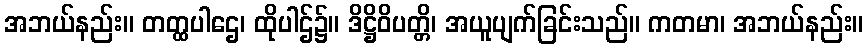
အဘယ်နည်း။ တတ္ထပါဌေ၊ ထိုပါဌ်၌။ ဒိဋ္ဌိဝိပတ္တိ၊ အယူပျက်ခြင်းသည်။ ကတမာ၊ အဘယ်နည်း။